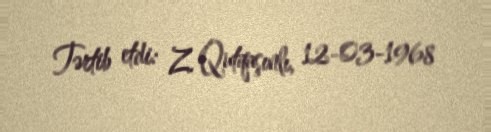
Tərtib etdi: Z. Qutqaşınlı, 12-03-1968